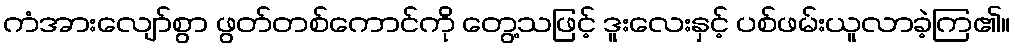
ကံအားလျော်စွာ ဖွတ်တစ်ကောင်ကို တွေ့သဖြင့် ဒူးလေးနှင့် ပစ်ဖမ်းယူလာခဲ့ကြ၏။